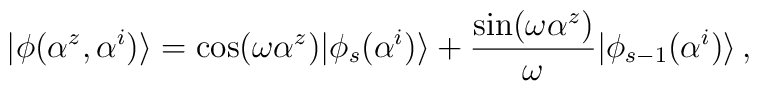
|\phi(\alpha^z,\alpha^i)\rangle=\cos (\omega \alpha^z)|\phi_s(\alpha^i)\rangle+\frac{\sin (\omega \alpha^z)}{\omega}|\phi_{s-1}(\alpha^i)\rangle\,,